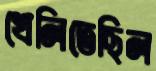
খেলিতেছিল